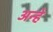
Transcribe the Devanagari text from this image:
अन्हे